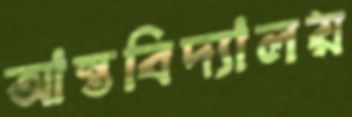
আন্তবিদ্যালয়